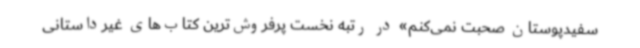
سفیدپوستان صحبت نمی‌کنم» در رتبه نخست پرفروش‌ترین کتاب‌های غیرداستانی